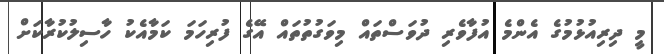
މީ ދިރިއުޅުމުގެ އެންމެ އުފާވެރި ދުވަސްތައް މިވަގުތުތައް އޭގެ ފުރިހަމަ ކަމާއެކު ހާސިލުކުރާކަށް